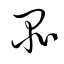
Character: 品